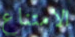
الامتناع